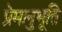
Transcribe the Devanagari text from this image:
प्रेमानुभूति